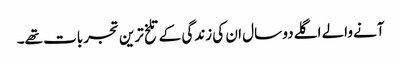
آنے والے اگلے دو سال ان کی زندگی کے تلخ ترین تجربات تھے۔